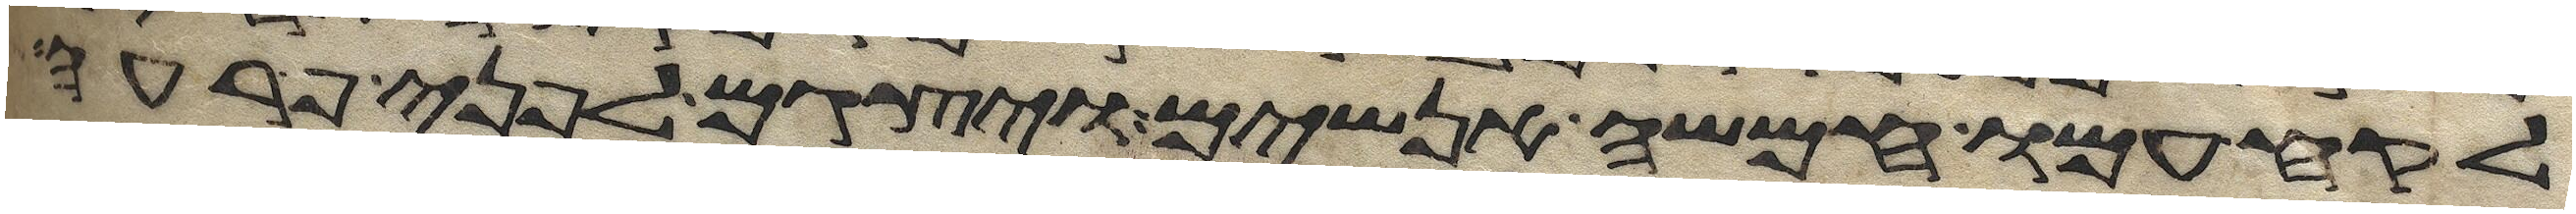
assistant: לקח עמו חמשה אנשים ויצגם לפני פרעה